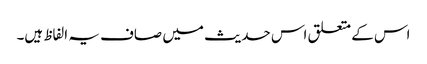
اس کے متعلق اس حدیث میں صاف یہ الفاظ ہیں۔